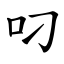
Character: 叼